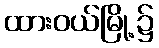
ထားဝယ်မြို့၌